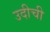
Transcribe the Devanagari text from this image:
उदीची